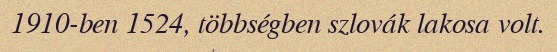
1910-ben 1524, többségben szlovák lakosa volt.